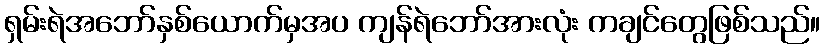
ရှမ်းရဲအဘော်နှစ်ယောက်မှအပ ကျန်ရဲဘော်အားလုံး ကချင်တွေဖြစ်သည်။